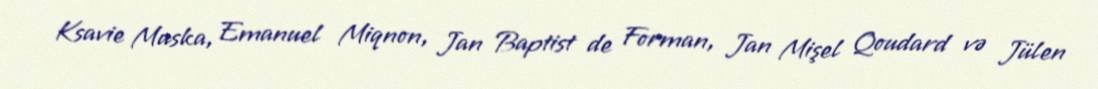
Ksavie Muska, Emanuel Miqnon, Jan Baptist de Forman, Jan Mişel Qoudard və Jülen